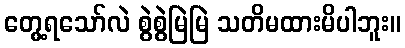
တွေ့ရသော်လဲ စွဲစွဲမြဲမြဲ သတိမထားမိပါဘူး။